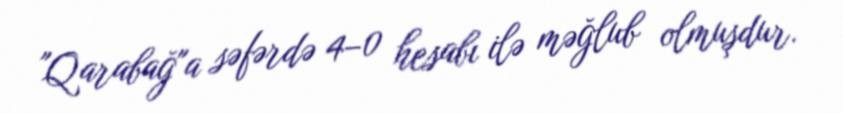
"Qarabağ"a səfərdə 4–0 hesabı ilə məğlub olmuşdur.